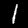
Label: 1